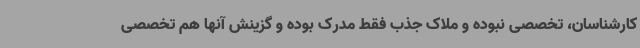
کارشناسان، تخصصی نبوده و ملاک جذب فقط مدرک بوده و گزینش آنها هم تخصصی